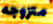
متزوجه